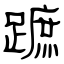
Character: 蹠